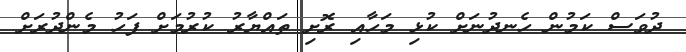
ދުވަސް ކަމުން ހެނދުނަށް ކުޅި މަހާއި ރޮށި ތައްޔާރު ކުރުމަށް ފަހު މެންދުރަށް